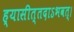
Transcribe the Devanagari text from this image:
ह्यासीत्तदाऽभवत्।